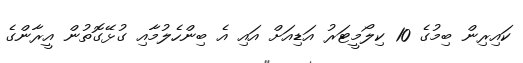
ކައިރިން ބިމުގެ 10 ކިލޯމީޓަރު އަޑިއަށް އައި އެ ބިންހެލުމާއި ގުޅޭގޮތުން އީރާންގެ